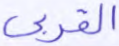
القربى